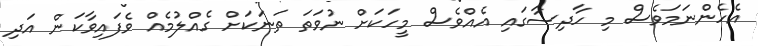
އެހެންނަމަވެސް މި ހާދިސާގައި އެއްވެސް މީހަކަށް ނުވަތަ ތަނަކަށް ގެއްލުމެއް ވެފައިވާކަން އަދި